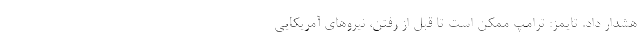
هشدار داد. تایمز: ترامپ ممکن است تا قبل از رفتن، نیروهای آمریکایی